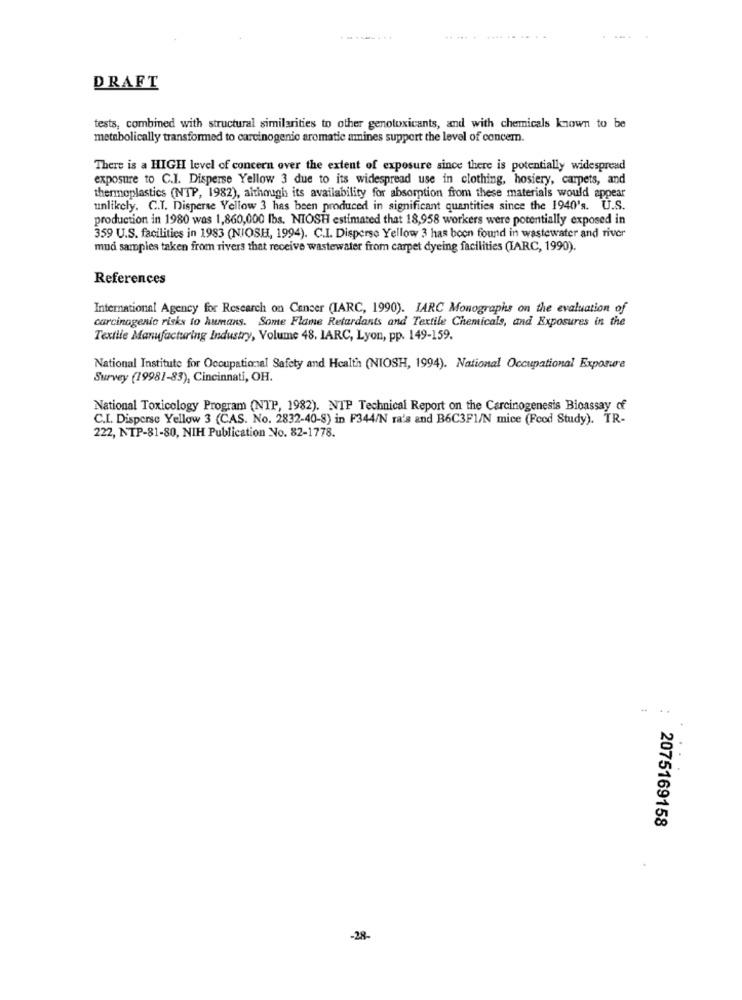
-------.
DRAFT
tests, combined with structural similarities to other genotoxicants, and with chemicals known to be
metabolically transformed to carcinogenic aromatic anines support the level of concem.
There is a HIGH level of concern over the extent of exposure since there is potentially widespread
exposure to C.I. Disperse Yellow 3 due to its widespread use in clothing, hosiery, carpets, and
thermoplastics (NTP, 1982), although its availability for absorption from these materials would appear
unlikely. C.T. Disperse Yellow 3 has been produced in significant quantities since the 1940's. U.S.
production in 1980 was 1,860,000 lbs. NIOSH estimated that 18,958 workers were potentially exposed in
359 U.S. facilities in 1983 (NIOSH, 1994). C.I. Disperse Yellow 3 has boon found in wastewater and river
mud samples taken from rivers that receive wastewater from carpet dyeing facilities (IARC, 1990).
References
International Agency for Research on Cancer (IARC, 1990). IARC Monographs on the evaluation of
carcinogenic risks to humans. Some Flame Retardants and Textile Chemicals, and Exposures in the
Textile Manufacturing Industry, Volume 48. IARC, Lyon, pp. 149-159.
National Institute for Occupational Safety and Health (NIOSH, 1994). National Occupational Exposure
Survey (19981-83), Cincinnati, OH.
National Toxicology Program (NTP, 1982). NTP Technical Report on the Carcinogenesis Bioassay of
C.I. Disperse Yellow 3 (CAS. No. 2832-40-8) in F344/N ra's and B6C3F1/N mice (Fcod Study). TR-
222, NTP-81-80, NIH Publication No. 82-1778.
2075169158
-28-